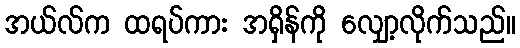
အယ်လ်က ထရပ်ကား အရှိန်ကို လျှော့လိုက်သည်။